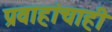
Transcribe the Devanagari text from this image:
प्रवाहांचाही